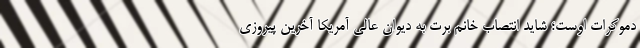
دموکرات اوست؛ شاید انتصاب خانم برت به دیوان عالی آمریکا آخرین پیروزی